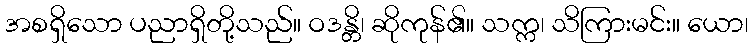
အစရှိသော ပညာရှိတို့သည်။ ဝဒန္တိ၊ ဆိုကုန်၏။ သက္က၊ သိကြားမင်း။ ယော၊